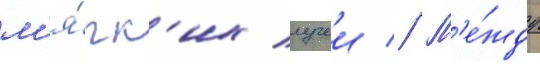
м'я́гк'их лучеи // М'е́жду